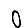
Digit: 0